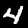
Digit: 4